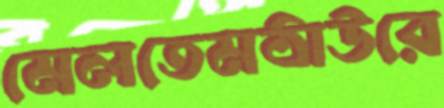
মেলতেমঠাউরে